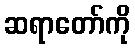
ဆရာတော်ကို